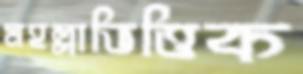
মহল্লাভিত্তিক